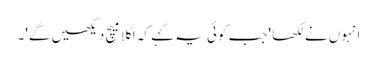
انہوں نے لکھا 'جب کوئی یہ کہے کہ اگلا میچ دیکھیں گے'۔